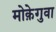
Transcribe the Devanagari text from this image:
मोक़ेगुवा